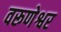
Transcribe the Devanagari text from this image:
वरूणेश्वर